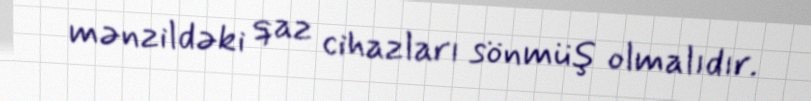
mənzildəki qaz cihazları sönmüş olmalıdır.